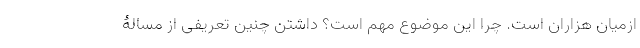
ازمیان هزاران است. چرا این موضوع مهم است؟ داشتن چنین تعریفی از مسالۀ